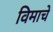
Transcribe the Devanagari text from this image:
विमाचे